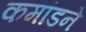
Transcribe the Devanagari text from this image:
कमांडने